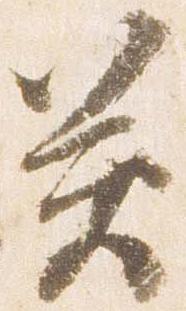
癸